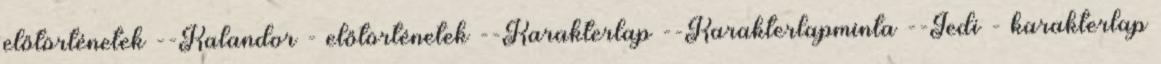
előtörténetek --Kalandor - előtörténetek --Karakterlap --Karakterlapminta --Jedi - karakterlap